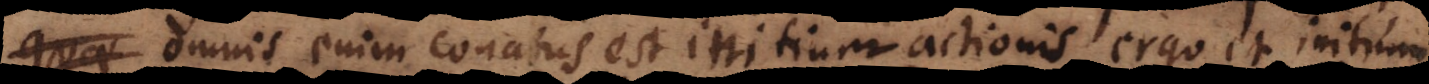
omnis enim conatus est initium actionis, ergo et initium